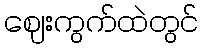
ဈေးကွက်ထဲတွင်